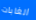
الغابات